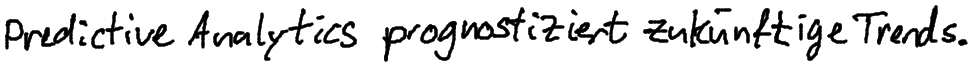
Predictive Analytics prognostiziert zukünftige Trends.